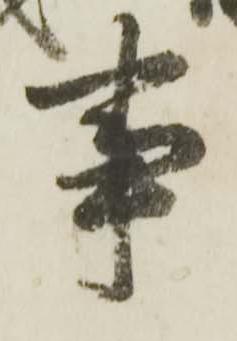
事